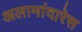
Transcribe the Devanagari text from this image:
अलामांदारेस